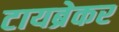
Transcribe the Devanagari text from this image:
टायब्रेकर